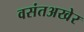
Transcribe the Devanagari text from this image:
वसंतअखेर